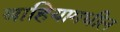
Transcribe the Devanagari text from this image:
बाहियामधील